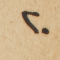
٢٠